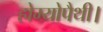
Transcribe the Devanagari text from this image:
होम्योपैथी।